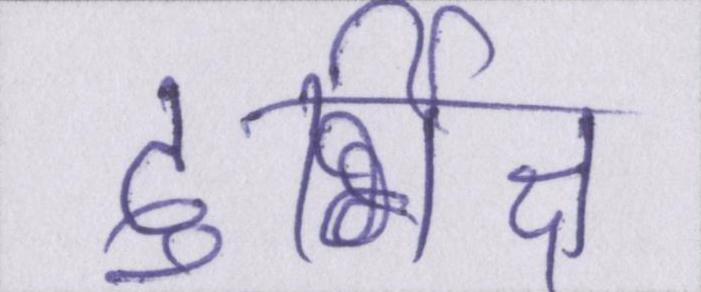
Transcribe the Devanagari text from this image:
दुर्भिक्ष